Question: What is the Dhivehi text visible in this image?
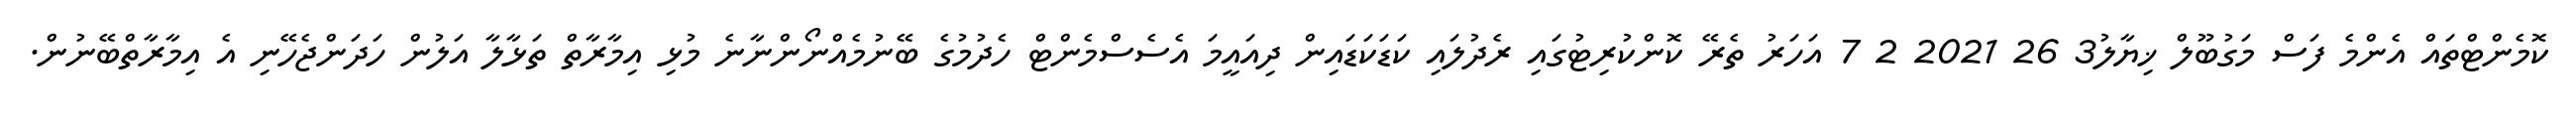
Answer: ކޮމެންޓްތައް އެންމެ ފަސް މަގުބޫލް ޚިޔާލު3 26 2021 2 7 އަހަރު ތެރޭ ކޮންކުރިޓުގައި ރެދުލައި ކަޑަކަޑައިން ދިއައީމަ އެސެސްމެންޓް ހެދުމުގެ ބޭނުމެއްނޯންނާނެ މުޅި އިމާރާތް ތަޅާލާ އަލުން ހަދަންޖެހޭނި އެ އިމާރާތްބޭނުން.